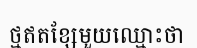
ថ្មឥតខ្សែមួយឈ្មោះថា